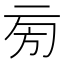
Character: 㫄